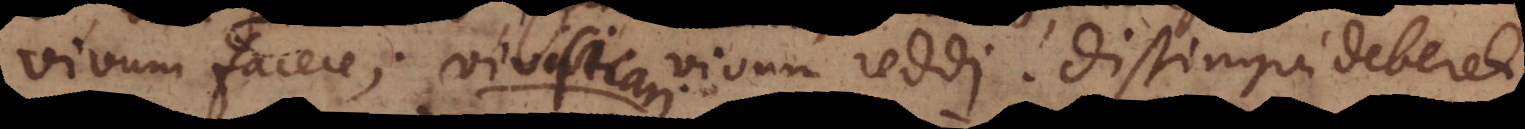
vivum facere; vivificari vivum reddi. Distingui deberet